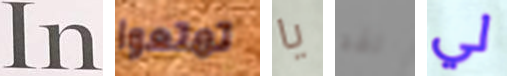
In تمتعوا يا لقد لي